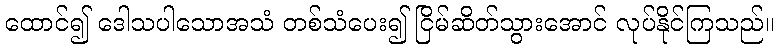
ထောင်၍ ဒေါသပါသောအသံ တစ်သံပေး၍ ငြိမ်ဆိတ်သွားအောင် လုပ်နိုင်ကြသည်။